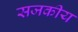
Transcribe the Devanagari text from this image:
सजकीय